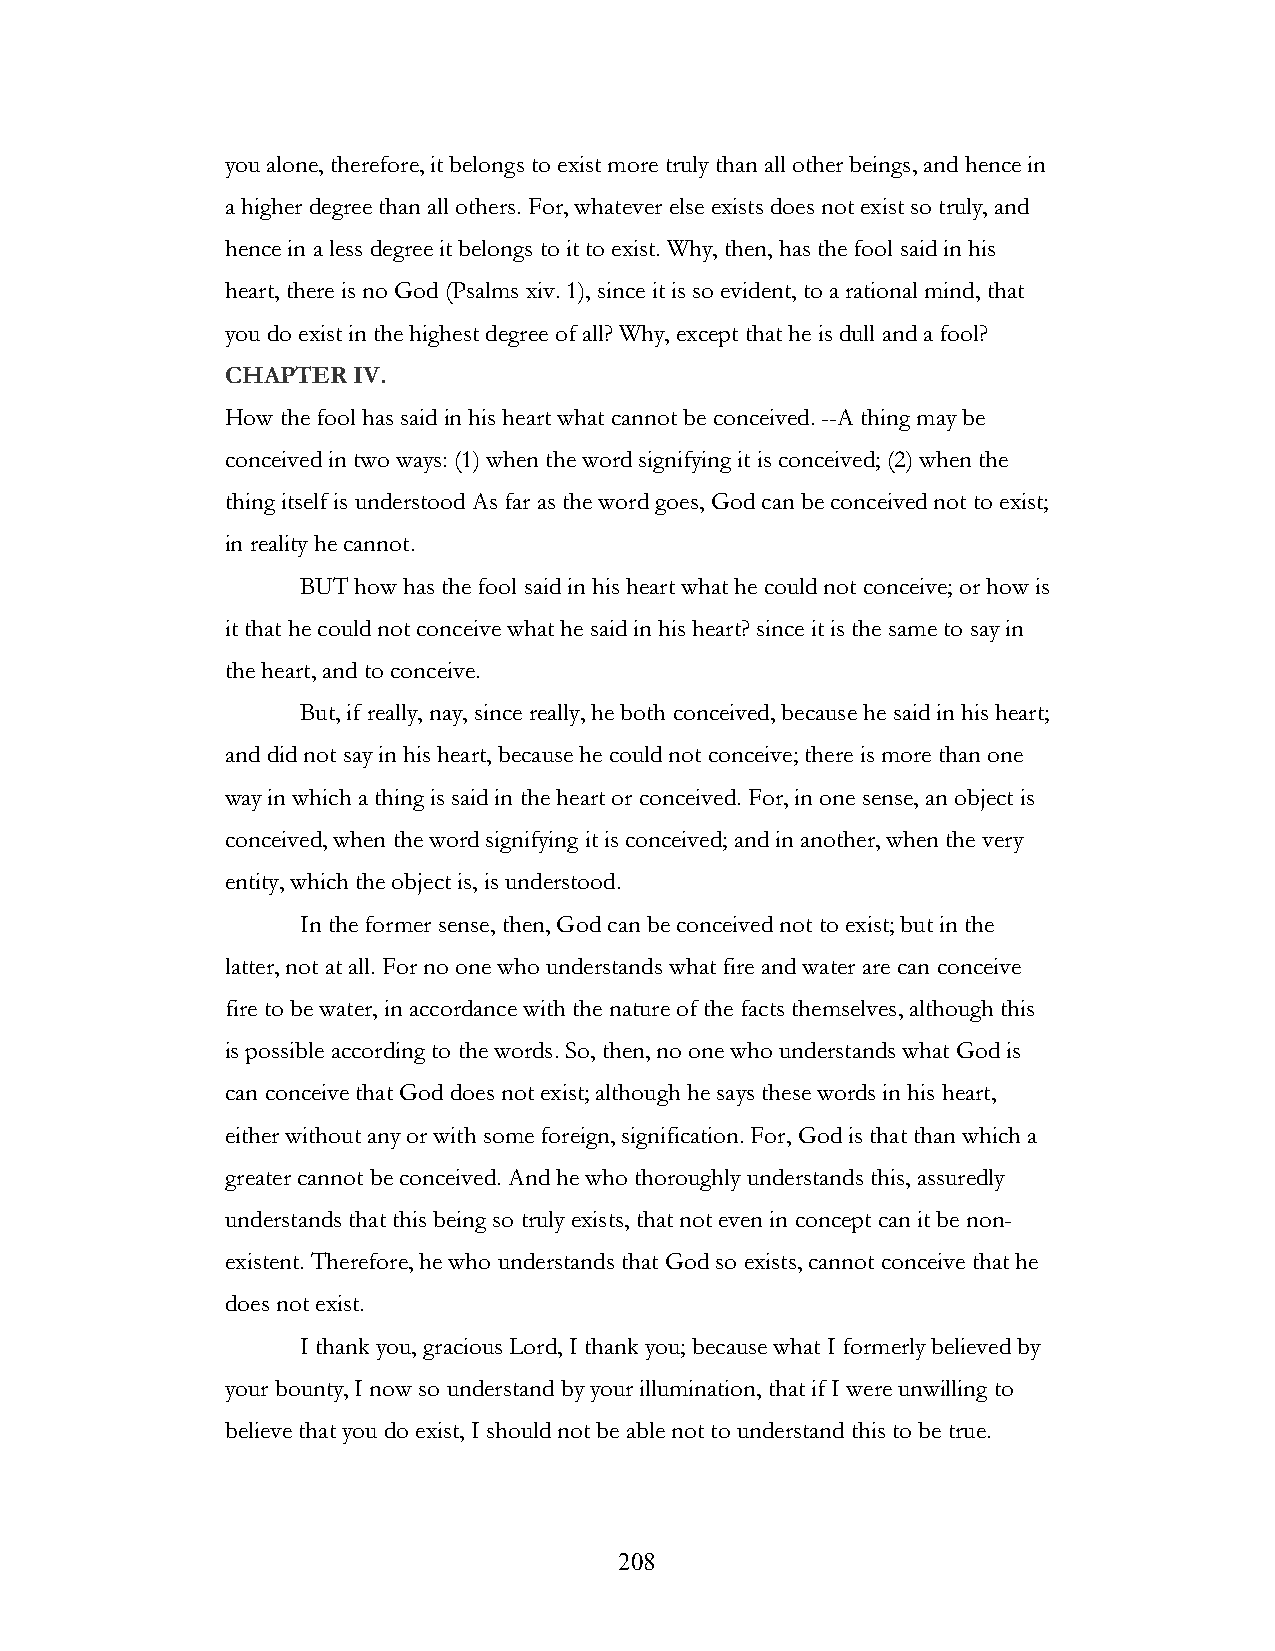
you alone, therefore, it belongs to exist more truly than all other beings, and hence in
 a higher degree than all others. For, whatever else exists does not exist so truly, and
 hence in a less degree it belongs to it to exist. Why, then, has the fool said in his
 heart, there is no God (Psalms xiv. 1), since it is so evident, to a rational mind, that
 you do exist in the highest degree of all? Why, except that he is dull and a fool?
 CHAPTER IV.
 How the fool has said in his heart what cannot be conceived. --A thing may be
 conceived in two ways: (1) when the word signifying it is conceived; (2) when the
 thing itself is understood As far as the word goes, God can be conceived not to exist;
 in reality he cannot.
 BUT how has the fool said in his heart what he could not conceive; or how is
 it that he could not conceive what he said in his heart? since it is the same to say in
 the heart, and to conceive.
 But, if really, nay, since really, he both conceived, because he said in his heart;
 and did not say in his heart, because he could not conceive; there is more than one
 way in which a thing is said in the heart or conceived. For, in one sense, an object is
 conceived, when the word signifying it is conceived; and in another, when the very
 entity, which the object is, is understood.
 In the former sense, then, God can be conceived not to exist; but in the
 latter, not at all. For no one who understands what fire and water are can conceive
 fire to be water, in accordance with the nature of the facts themselves, although this
 is possible according to the words. So, then, no one who understands what God is
 can conceive that God does not exist; although he says these words in his heart,
 either without any or with some foreign, signification. For, God is that than which a
 greater cannot be conceived. And he who thoroughly understands this, assuredly
 understands that this being so truly exists, that not even in concept can it be non-
 existent. Therefore, he who understands that God so exists, cannot conceive that he
 does not exist.
 I thank you, gracious Lord, I thank you; because what I formerly believed by
 your bounty, I now so understand by your illumination, that if I were unwilling to
 believe that you do exist, I should not be able not to understand this to be true.
 !                         208